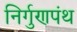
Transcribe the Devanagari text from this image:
निर्गुणपंथ